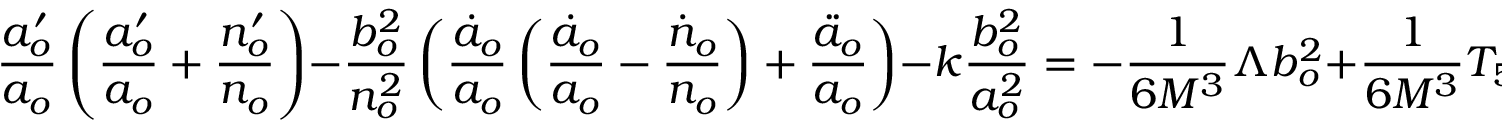
\frac { a _ { o } ^ { \prime } } { a _ { o } } \left( \frac { a _ { o } ^ { \prime } } { a _ { o } } + \frac { n _ { o } ^ { \prime } } { n _ { o } } \right) - \frac { b _ { o } ^ { 2 } } { n _ { o } ^ { 2 } } \left( \frac { \dot { a } _ { o } } { a _ { o } } \left( \frac { \dot { a } _ { o } } { a _ { o } } - \frac { \dot { n } _ { o } } { n _ { o } } \right) + \frac { \ddot { a } _ { o } } { a _ { o } } \right) - k \frac { b _ { o } ^ { 2 } } { a _ { o } ^ { 2 } } = - \frac { 1 } { 6 M ^ { 3 } } \Lambda b _ { o } ^ { 2 } + \frac { 1 } { 6 M ^ { 3 } } T _ { 5 5 } ,